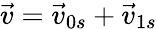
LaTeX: \vec{v}=\vec{v}_{0s}+\vec{v}_{1s}